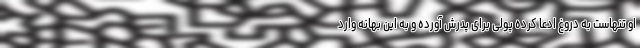
او تنهاست به دروغ ادعا کرده پولی برای پدرش آورده و به این بهانه وارد